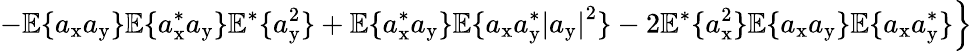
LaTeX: \left.-\mathbb{E}\{ a_{\mathrm{x}}a_{\mathrm{y}}\} \mathbb{E}\{ a_{\mathrm{x}}^{*}a_{\mathrm{y}}\} \mathbb{E}^{*}\{ a_{\mathrm{y}}^{2}\} +\mathbb{E}\{ a_{\mathrm{x}}^{*}a_{\mathrm{y}}\} \mathbb{E}\{ a_{\mathrm{x}}a_{\mathrm{y}}^{*}\left|a_{\mathrm{y}}\right|^{2}\} -2\mathbb{E}^{*}\{ a_{\mathrm{x}}^{2}\} \mathbb{E}\{ a_{\mathrm{x}}a_{\mathrm{y}}\} \mathbb{E}\{ a_{\mathrm{x}}a_{\mathrm{y}}^{*}\} \right\}